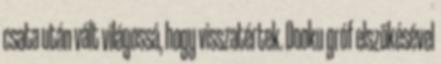
csata után vált világossá, hogy visszatértek. Dooku gróf elszökésével